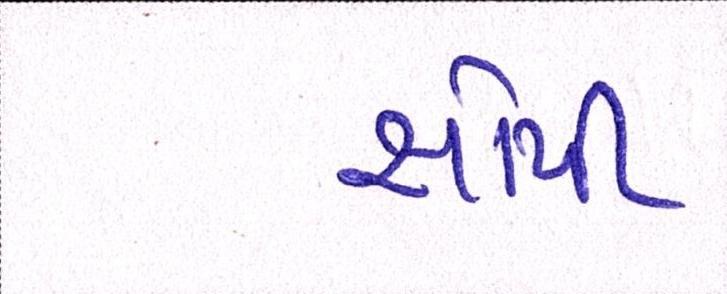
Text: સોપી